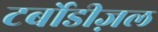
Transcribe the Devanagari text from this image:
टर्बोडीज़ल